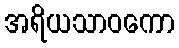
အရိယသာဝကော